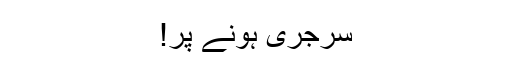
سرجری ہونے پر!